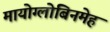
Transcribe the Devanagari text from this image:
मायोग्लोबिनमेह